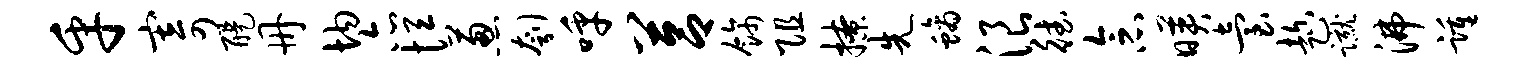
乎寄醍册均亦恒葱刳呼莒饰阻撩先螭浪德念映台趁蹴沸踵